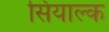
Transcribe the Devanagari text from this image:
सियाल्क